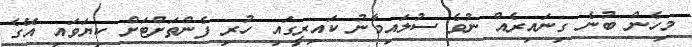
މިހެން ބުނެ ގިނައިރެއް ނުވެ ސުލައިމާނު ކައިރީގައި ހުރި ފެންތަށްޓަށް ކިޔަވައި އޭގެ